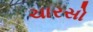
ચારસો